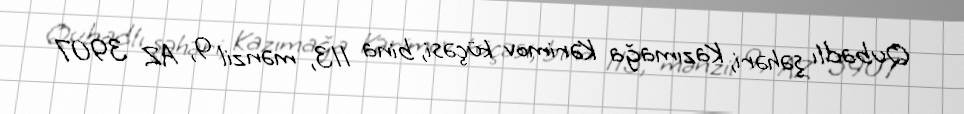
Qubadlı şəhəri, Kazımağa Kərimov küçəsi, bina 113, mənzil 9, AZ 3907